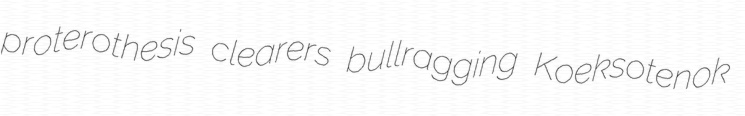
proterothesis clearers bullragging Koeksotenok